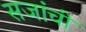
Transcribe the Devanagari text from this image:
सजांची